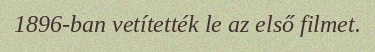
1896-ban vetítették le az első filmet.